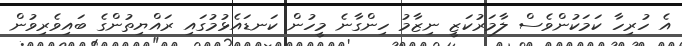
އެ ހުރިހާ ކަމަކުންވެސް ލާމަރުކަޒީ ނިޒާމު ހިންގާނެ މީހުން ކަނޑައެޅުމުގައި ރައްޔިތުންގެ ބައިވެރިވުން